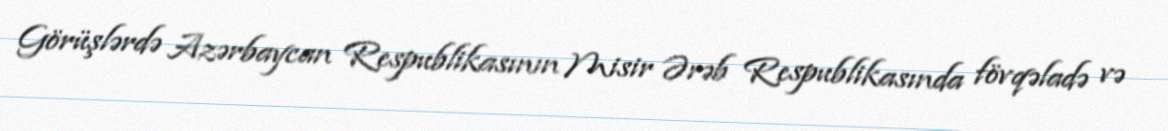
Görüşlərdə Azərbaycan Respublikasının Misir Ərəb Respublikasında fövqəladə və